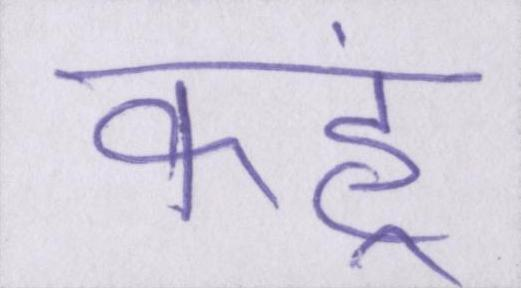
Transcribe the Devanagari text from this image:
कहूं